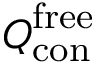
\boldsymbol { Q } _ { \mathrm { c o n } } ^ { \mathrm { f r e e } }